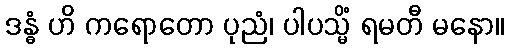
ဒန္ဓံ ဟိ ကရောတော ပုညံ၊ ပါပသ္မိံ ရမတီ မနော။